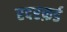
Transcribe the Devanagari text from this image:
रदरफ़र्ड